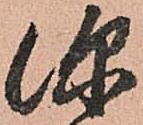
深